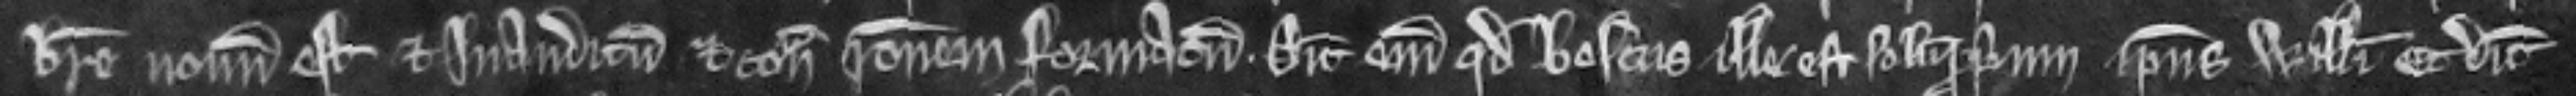
breve novum est et inauditum et contra racionem formatum. Dicit enim quod boscus ille est solum proprium ipsius Willelmi et dicit